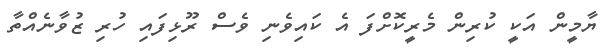
ޔާމީން އަކީ ކުރިން މެރީކޮށްފަ އެ ކައިވެނި ވެސް ރޫޅިފައި ހުރި ޒުވާނެއްތާ